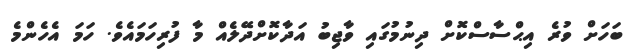
ބަހަށް ވުރެ އިޙްސާސްކޮށް ދިނުމުގައި ވާޖިބު އަދާކޮށްދޭލެއް މާ ފުރިހަމައެވެ. ހަމަ އެހެންމެ